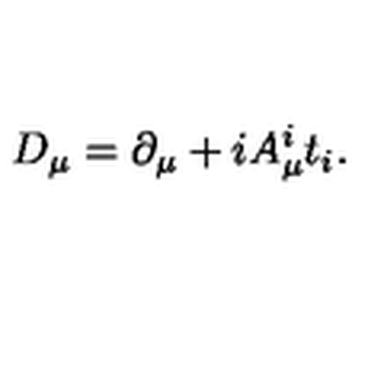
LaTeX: D _ { \mu } = \partial _ { \mu } + i A _ { \mu } ^ { i } t _ { i } .